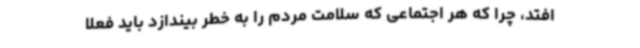
افتد، چرا که هر اجتماعی که سلامت مردم را به خطر بیندازد باید فعلا